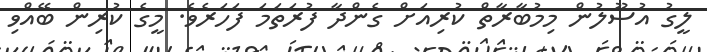
ލީގު އުސޫލުން މިމުބާރާތް ކުރިއަށް ގެންދާ ފުރަތަމަ ފަހަރެވެ. މީގެ ކުރިން ބޭއްވި